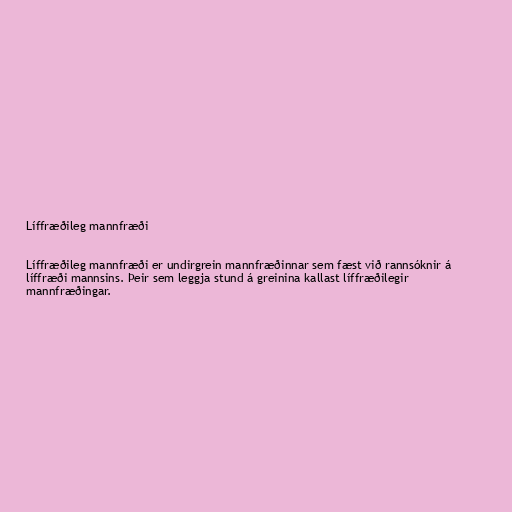
Líffræðileg mannfræði

Líffræðileg mannfræði er undirgrein mannfræðinnar sem fæst við rannsóknir á
líffræði mannsins. Þeir sem leggja stund á greinina kallast líffræðilegir
mannfræðingar.